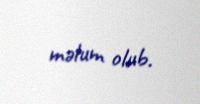
məlum olub.